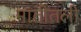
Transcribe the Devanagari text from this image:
मातीतली